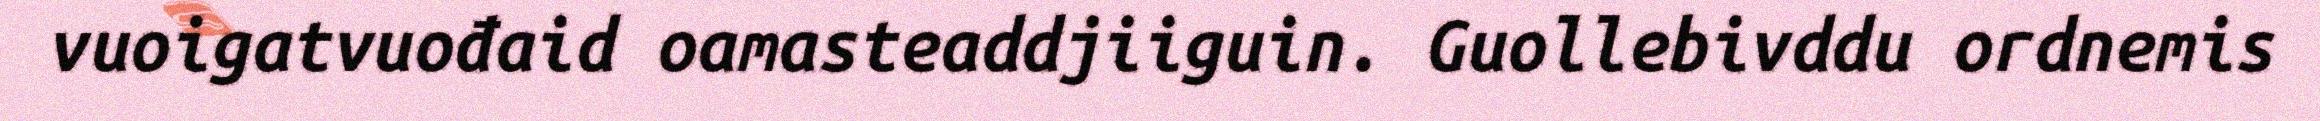
vuoigatvuođaid oamasteaddjiiguin. Guollebivddu ordnemis